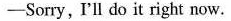
-Sorry, I'll do it right now.